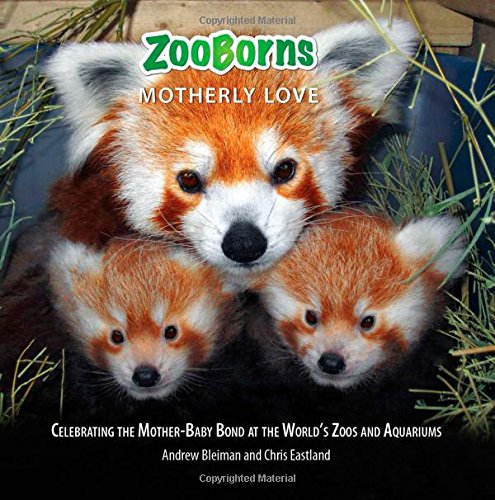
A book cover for ZooBorns Motherly Love: Celebrating the Mother-Baby Bond at the World's Zoos and Aquariums; Andrew Bleiman; Science & Math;